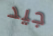
جيد